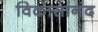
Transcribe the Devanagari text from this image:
विकासानंद